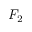
F _ { 2 }